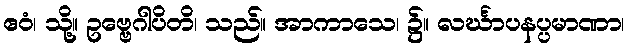
ဧဝံ၊ သို့။ ဥဗ္ဗေဂါပိတိ၊ သည်။ အာကာသေ၊ ၌။ လင်္ဃာပနပ္ပမာဏာ၊